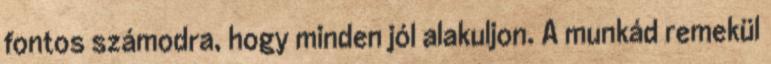
fontos számodra, hogy minden jól alakuljon. A munkád remekül